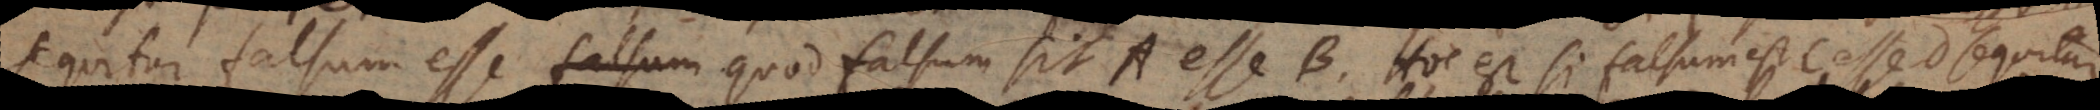
quitur falsum esse quod falsum sit A esse B. Hoc est si falsum est C esse D sequitur